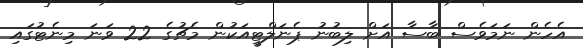
އެހެން ނަމަވެސް ބާސާ އަށް ލިބުނު ޕެނަލްޓީއަކުން މެޗުގެ 22 ވަނަ މިނެޓުގައި